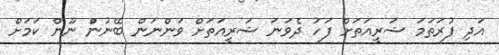
އަދި ފުރަތަމަ ޝަރީއަތަށް ފަހު ދެވަނަ ޝަރީއަތަށް ވަންނަން ބޭނުންް ނޫން ކަމަށް